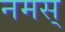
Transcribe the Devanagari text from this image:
नमस्